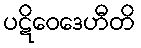
ပဋိဝေဒေဟီတိ